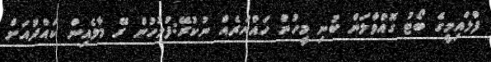
ފްލައިމީގެ ބޯޓު ގޮއްވާލަން ބުނި މީހުން ހައްޔަރެއް ނުކުރޭ:ފުލުހުން ރޭ މާލެއިން ކައްދުއަށް